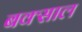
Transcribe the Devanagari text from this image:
बक्साल